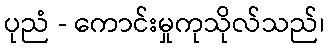
ပုညံ - ကောင်းမှုကုသိုလ်သည်၊